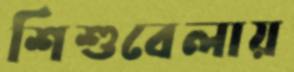
শিশুবেলায়